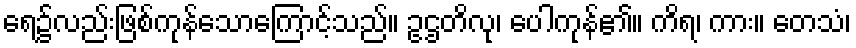
ရေ၌လည်းဖြစ်ကုန်သောကြောင့်သည်။ ဥဌတိလု၊ ပေါကုန်၏။ ကိရ၊ ကား။ တေသံ၊